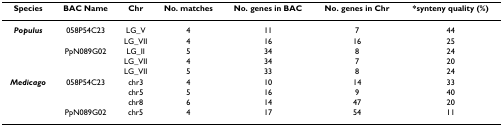
<table><thead><tr><td><b>Species</b></td><td><b>BAC Name</b></td><td><b>Chr</b></td><td><b>No. matches</b></td><td><b>No. genes in BAC</b></td><td><b>No. genes in Chr</b></td><td><b>*synteny quality (%)</b></td></tr></thead><tbody><tr><td><b><i>Populus</i></b></td><td>058P54C23</td><td>LG_V</td><td>4</td><td>11</td><td>7</td><td>44</td></tr><tr><td></td><td></td><td>LG_VII</td><td>4</td><td>16</td><td>16</td><td>25</td></tr><tr><td></td><td>PpN089G02</td><td>LG_II</td><td>5</td><td>34</td><td>8</td><td>24</td></tr><tr><td></td><td></td><td>LG_VII</td><td>4</td><td>34</td><td>7</td><td>20</td></tr><tr><td></td><td></td><td>LG_VII</td><td>5</td><td>33</td><td>8</td><td>24</td></tr><tr><td><b><i>Medicago</i></b></td><td>058P54C23</td><td>chr3</td><td>4</td><td>10</td><td>14</td><td>33</td></tr><tr><td></td><td></td><td>chr5</td><td>5</td><td>16</td><td>9</td><td>40</td></tr><tr><td></td><td></td><td>chr8</td><td>6</td><td>14</td><td>47</td><td>20</td></tr><tr><td></td><td>PpN089G02</td><td>chr5</td><td>4</td><td>17</td><td>54</td><td>11</td></tr></tbody></table>